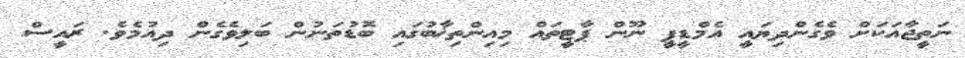
ނަތީޖާއަކަށް ވެގެންދިޔައީ އެމްޑީޕީ ނޫން ޕާޓީތައް މިއިންތިޚާބުގައި ބޮޑުތަނުން ބަލިވެގެން ދިއުމެވެ. ރައީސް